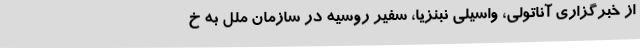
از خبرگزاری آناتولی، واسیلی نبنزیا، سفیر روسیه در سازمان ملل به خ